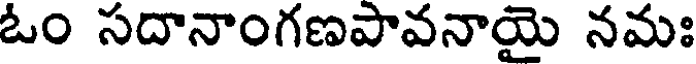
ఓం సదానాంగణపావనాయై నమః